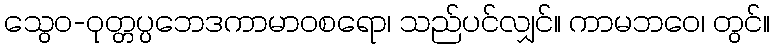
သွေဝ-ဝုတ္တပ္ပဘေဒကာမာဝစရော၊ သည်ပင်လျှင်။ ကာမဘဝေ၊ တွင်။